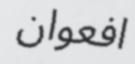
افعوان